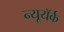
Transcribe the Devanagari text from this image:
न्यूयॅर्क